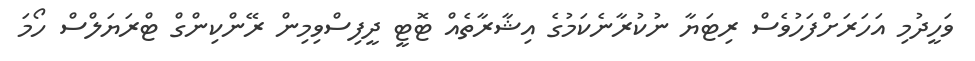
ވަހީދުމި އަހަރަށްފަހުވެސް ރިޓަޔާ ނުކުރާނެކަމުގެ އިޝާރާތެއް ޓޮޓީ ދީފިސްވިމިން ރޭންކިންގް ޓްރަޔަލްސް ހޯމަ